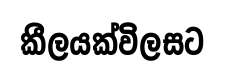
කීලයක්විලසට